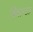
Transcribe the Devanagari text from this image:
विवान्टा